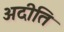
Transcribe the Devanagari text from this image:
अदीति